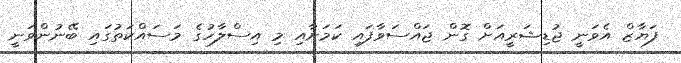
ފަޔާޒް އެވަނީ ޖުޑިޝަރީއަށް ގޮން ޖައްސަވާފައި ކަމަށާއި މި އިސްލާހުގެ މަސައްކަތުގައި ބޭނުންވަނީ